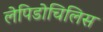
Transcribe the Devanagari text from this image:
लेपिडोचिलिस